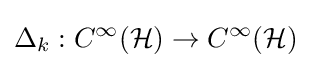
\Delta _{k}:C^{\infty }({\mathcal {H}})\to C^{\infty }({\mathcal {H}})